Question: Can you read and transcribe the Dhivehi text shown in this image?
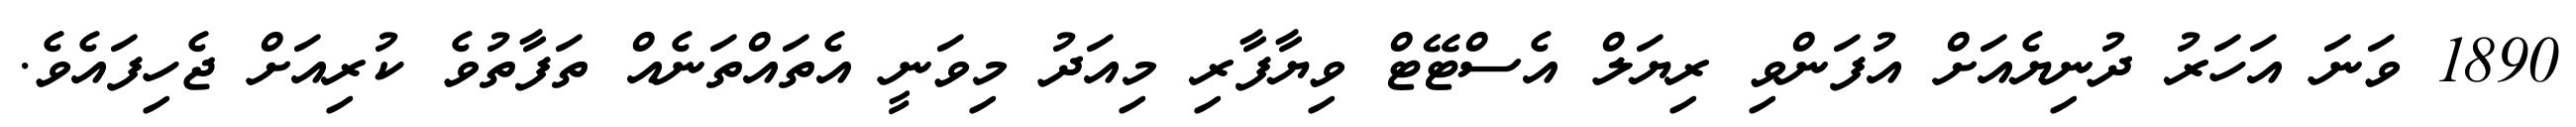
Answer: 1890 ވަނަ އަހަރު ދުނިޔެއަށް އުފަންވި ރިޔަލް އެސްޓޭޓް ވިޔާފާރި މިއަދު މިވަނީ އެތައްތަނެއް ތަފާތުވެ ކުރިއަށް ޖެހިފައެވެ.